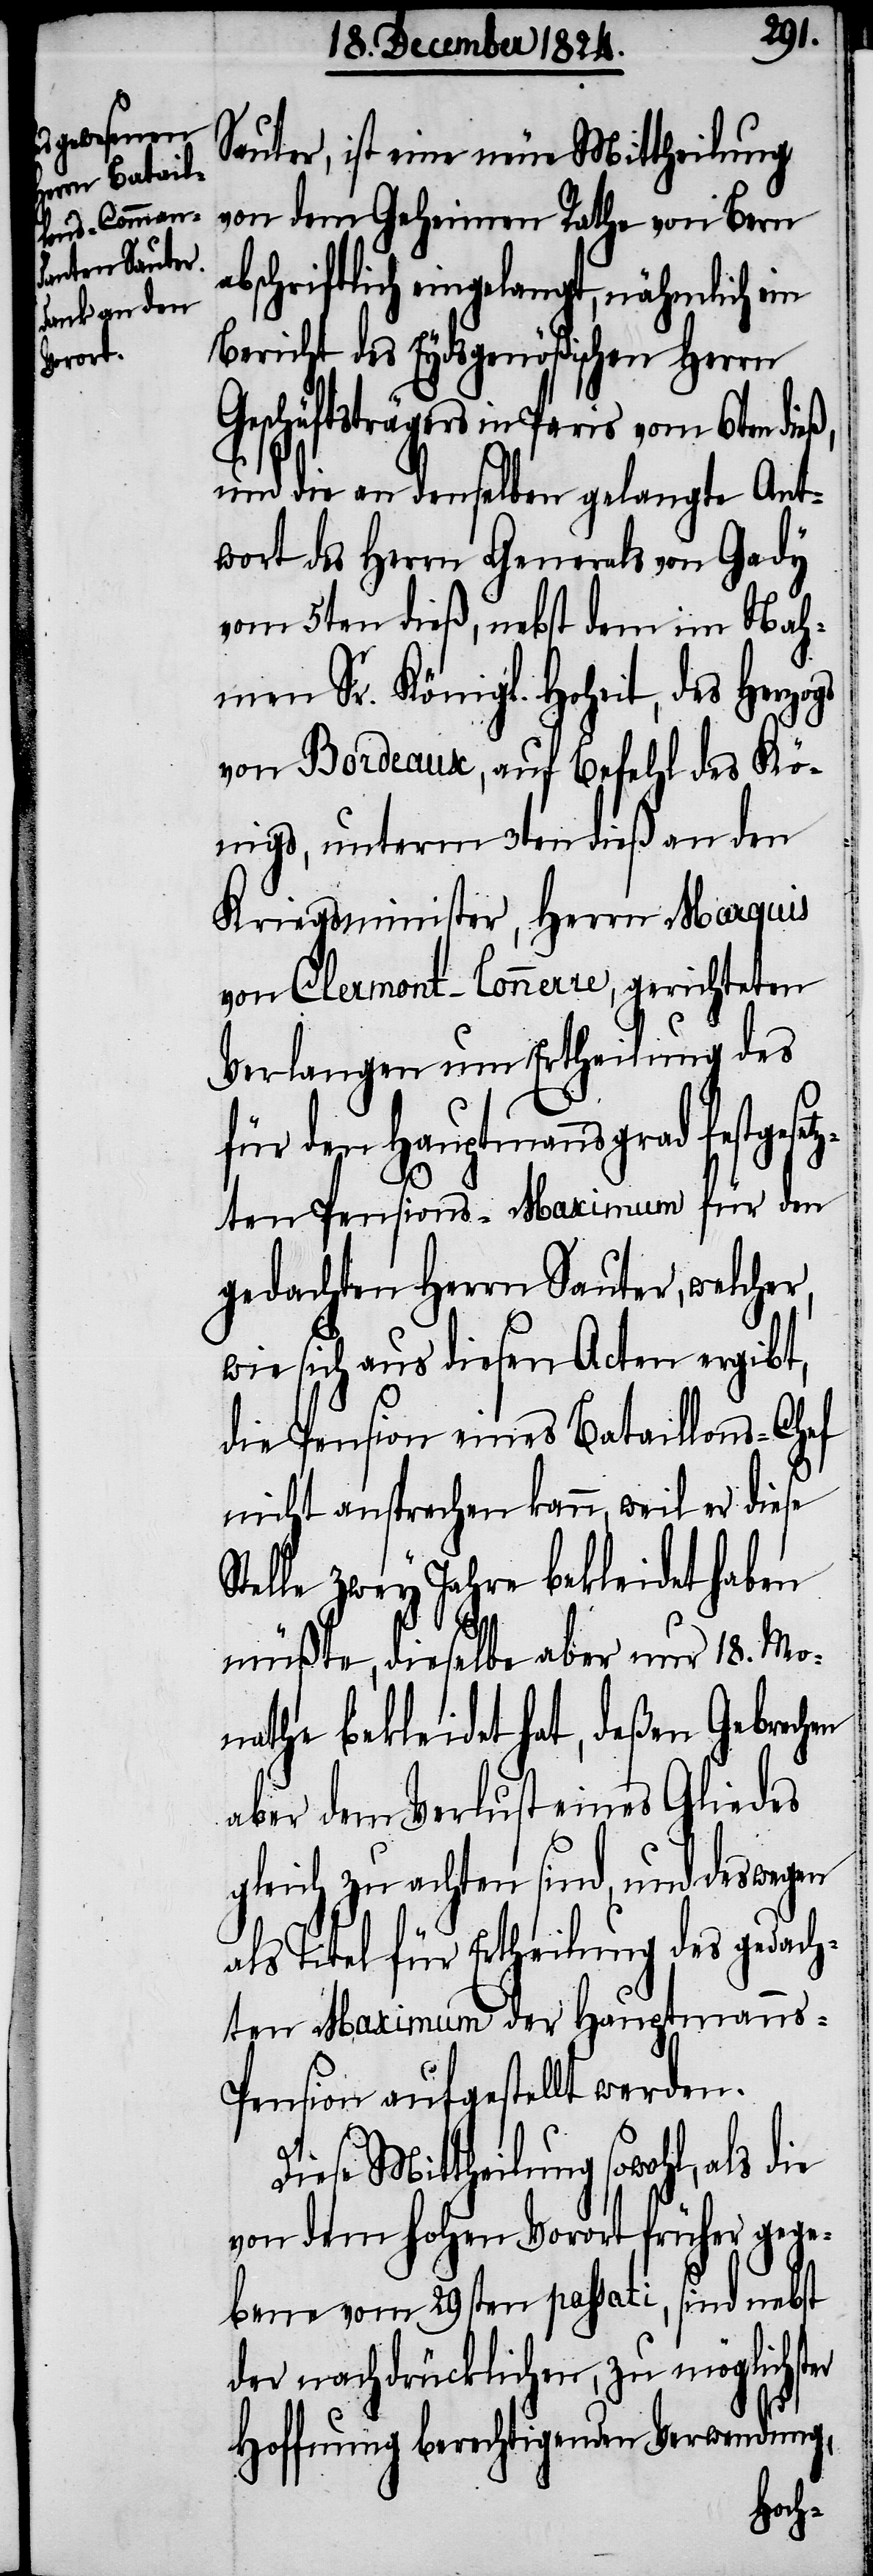
D¬
Sauter, ist eine neue Mittheilung
von dem Geheimen Rathe von Bern
abschriftlich eingelangt, nähmlich ein
Bericht des Eydsgenößischen Herrn
Geschäftsträgers in Paris vom 6ten
und die an denselben gelangte Ant¬
wort des Herrn Generals von Gady
vom 5ten dieß, nebst dem im Nah¬
men Sr. Königl. Hoheit, des Herzogs
von Bordeaux, auf Befehl des Kö¬
nigs, unterm 3ten dieß an den
Kriegsminister, Herrn Marquis
von Clermont-Connerre, gerichteten
Verlangen um Ertheilung des
für den Hauptmannsgrad festgese¬
tzten Pensions-Maximum für den
gedachten Herrn Sauter, welcher,
wie sich aus diesen Acten ergibt,
die Pension eines Bataillons-Chef
nicht ansprechen kann, weil der diese
Stelle zwey Jahre bekleidet haben
müßte, dieselbe aber nur 18. Mo¬
nathe bekleidet hat, deßen Gebrachen
aber dem Verlust eines Gliedes
gleich zu achten sind, und deswegen
als Titel für Ertheilung des gedach¬
ten Maximum der Hauptmann¬
s-Pension aufgestellt werden.
iese Mittheilung sowohl, als
von dem hohen Vorort früher gege¬
bene vom 29sten passati, sind nebst
der nachdrücklichen, zu möglichster
Hoffnung berechtigenden Verwendung,